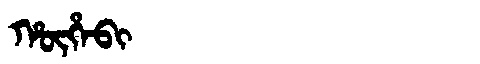
Manchu: ᡥᡡᡥᠠᠪᡳ
Romanization: HŪHABI